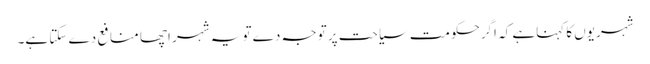
شہریوں کا کہناہے کہ اگرحکومت سیاحت پر توجہ دے تو یہ شہر اچھا منافع دے سکتا ہے۔